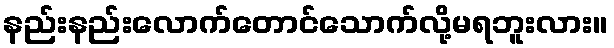
နည်းနည်းလောက်တောင်သောက်လို့မရဘူးလား။